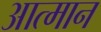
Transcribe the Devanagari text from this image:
आत्मान